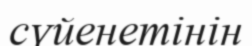
сүйенетінін